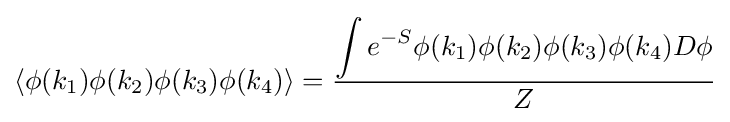
\left\langle \phi (k_{1})\phi (k_{2})\phi (k_{3})\phi (k_{4})\right\rangle ={\frac {\displaystyle \int e^{-S}\phi (k_{1})\phi (k_{2})\phi (k_{3})\phi (k_{4})D\phi }{Z}}